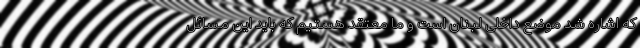
که اشاره شد موضع داخلی لبنان است و ما معتقد هستیم که باید این مسائل